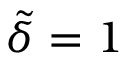
\tilde { \delta } = 1